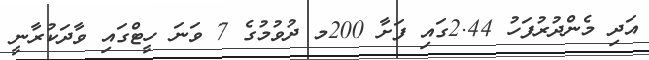
އަދި މެންދުރުފަހު 2.44ގައި ފަށާ 200މ ދުވުމުގެ 7 ވަނަ ހީޓްގައި ވާދަކުރާނީ